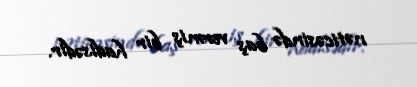
nəticəsində baş vermiş bir hadisədir.